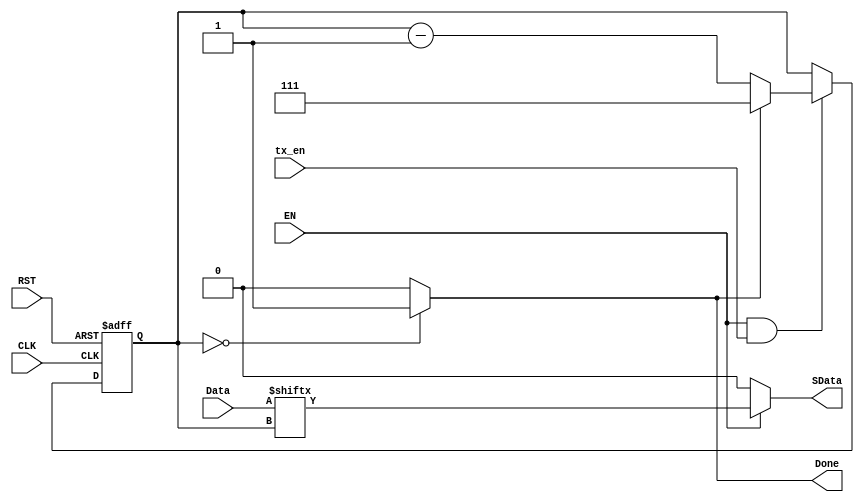
module serializer (
    input wire        CLK,
    input wire        RST,
    input wire        tx_en,
    input wire [7:0]  Data,
    input wire        EN,
    output wire       Done,
    output reg        SData
);

reg [2:0] count;

always @(posedge CLK , negedge RST) 
 begin
    if(!RST)
    begin
        count <= 3'b111;
    end
    else if (EN & tx_en)
    begin
        if (!Done)
        begin
        count <= count - 3'd1;
        end
        else begin
        count <= 3'b111;
        end
    end
    else begin
        count <= count;
    end    
end

always @(*) 
 begin
    if (EN)
    begin
        SData = Data[count];
    end
    else begin
        SData = 1'b0;
    end     
end

assign Done = (count == 3'b0) ? 1'b1 : 1'b0 ;
    
endmodule